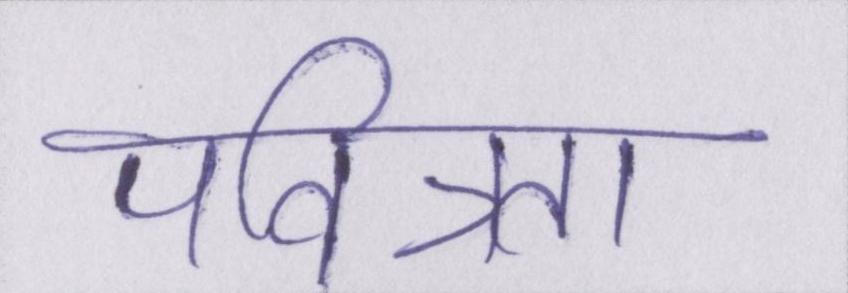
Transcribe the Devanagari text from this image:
पवित्रता